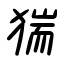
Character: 猯